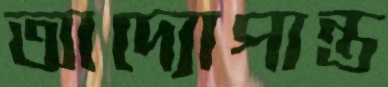
আদ্যোপান্ত